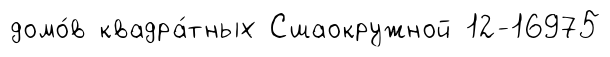
домо́в квадра́тных Сшаокружной 12-16975